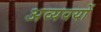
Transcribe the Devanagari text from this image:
अव्यवयों